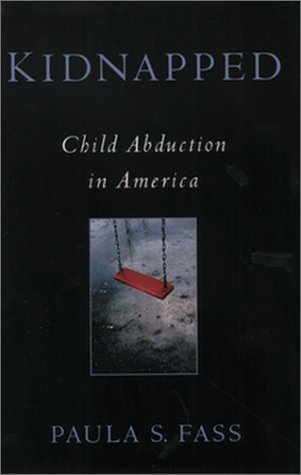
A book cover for Kidnapped: Child Abduction in America; Paula S. Fass; Law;